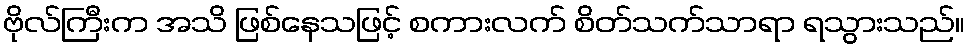
ဗိုလ်ကြီးက အသိ ဖြစ်နေသဖြင့် စကားလက် စိတ်သက်သာရာ ရသွားသည်။